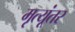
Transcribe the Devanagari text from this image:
मृत्यूंतर